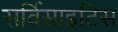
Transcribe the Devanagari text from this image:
सर्विसाइटिस